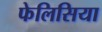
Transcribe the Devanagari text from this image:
फेलिसिया